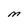
Character: M